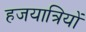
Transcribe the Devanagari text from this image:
हजयात्रियों